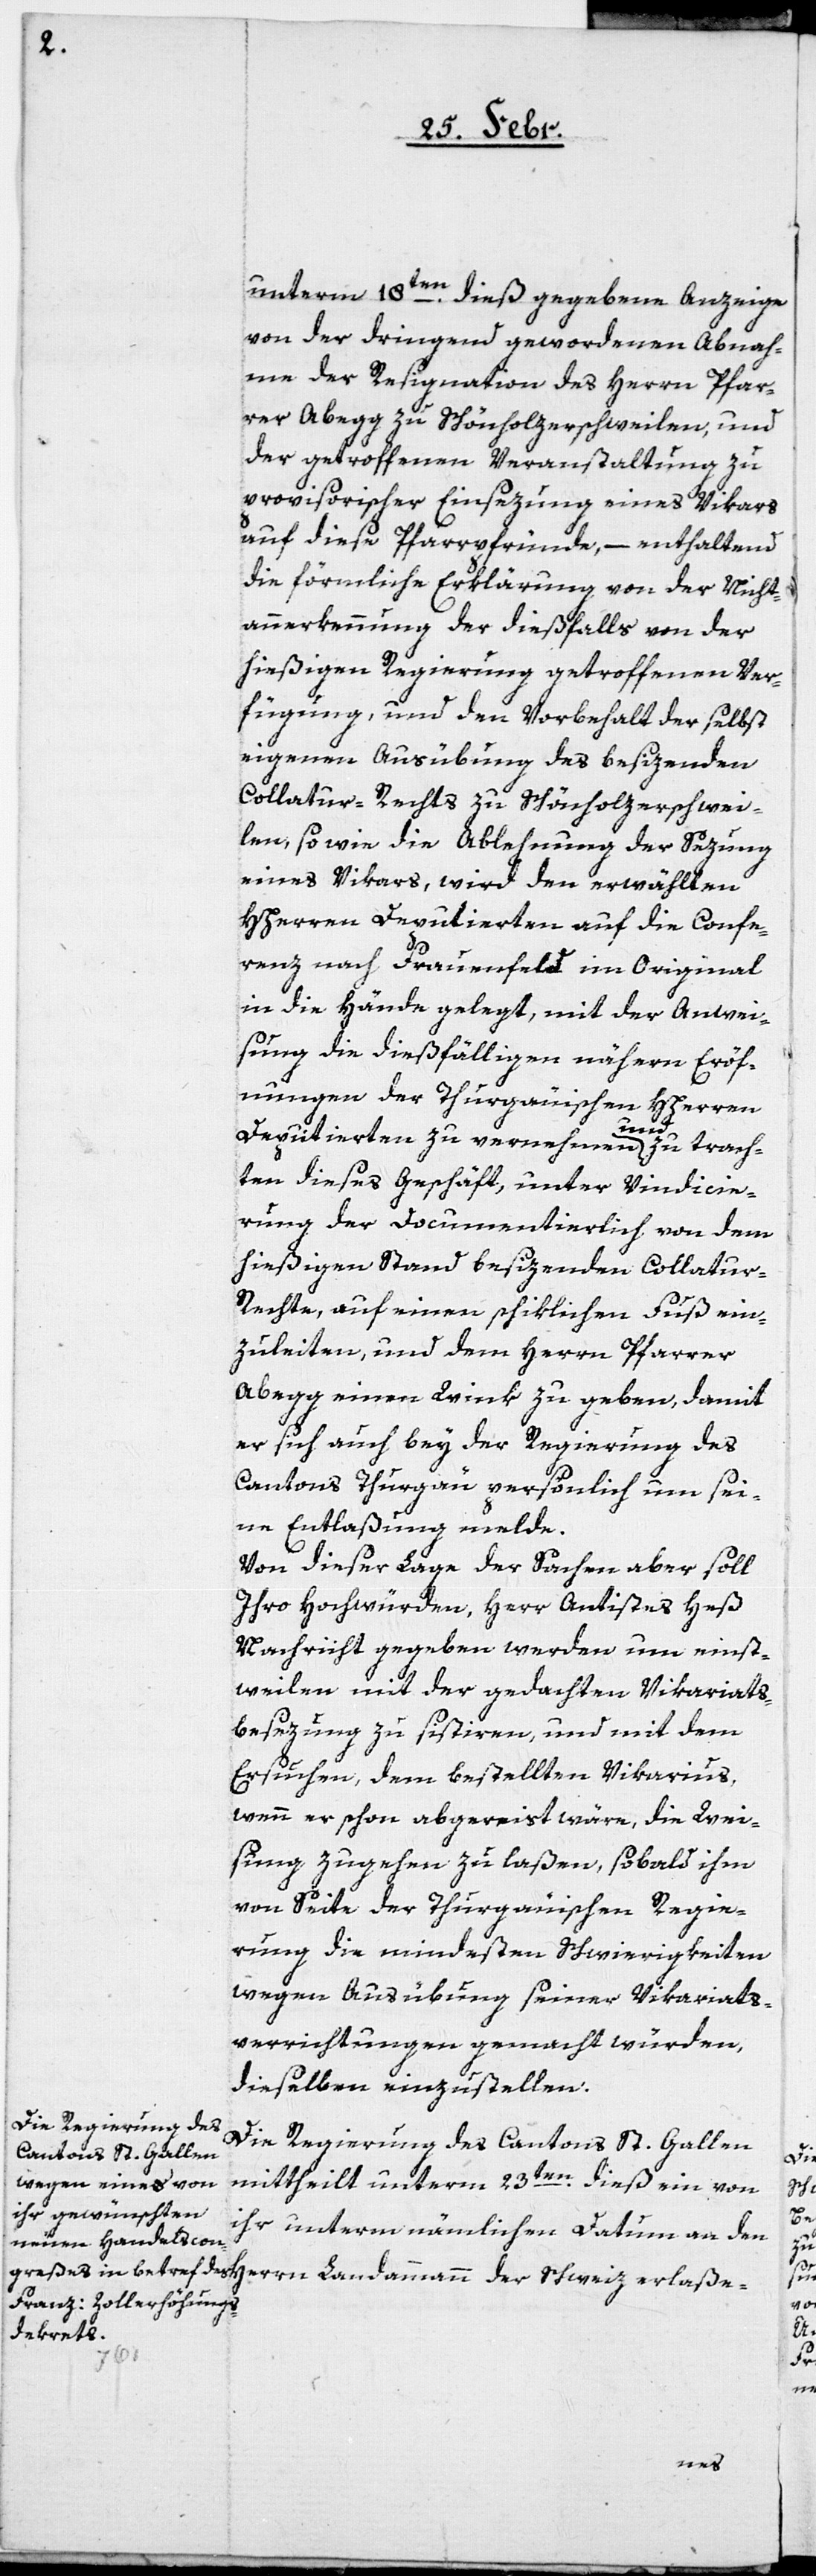
unterm 18ten dieß gegebenen Anzeige,
von der dringend gewordenen Abnah¬
me der Resignation des Herrn Pfar¬
rer Abegg zu Schönholzerschweilen, und
der getroffenen Veranstaltung zu
provisorischer Einsezung eines Vikars
auf diese Pfarrpfründe, – enthaltend
die förmliche Erklärung von der Nicht¬
anerkennung der dießfalls von der
hießigen Regierung getroffenen Ver¬
fügung, und den Vorbehalt der selbst
eigenen Ausübung des besizenden
Collatur-Rechts zu Schönholzerschwei¬
len, so wie die Ablehnung der Sezung
eines Vikars, wird den erwählten
HHerren Deputierten auf die Confe¬
renz nach Frauenfeld im Original
in die Hände gelegt, mit der Anwei¬
sung, die dießfälligen nähern Eröff¬
nungen der Thurgauischen HHerren
Deputierten zu vernehmen und zu trach¬
ten dieses Geschäft, unter Vidicie¬
rung der documentierlich von dem
hießigen Stand besizenden Collatu¬
r-Rechte, auf einen schicklichen Fuß ein¬
zuleiten, und dem Herrn Pfarrer
Abegg einen Wink zu geben, damit
er sich auch bey der Regierung des
Cantons Thurgau persönlich um sei¬
ne Entlaßung melde.
Von dieser Lage der Sachen aber soll
Ihro Hochwürden, Herr Antistes Heß
Nachricht gegeben werden um einst¬
weilen mit der gedachten Vikariats¬
besezung zu sistiren, und mit dem
Ersuchen, dem bestellten Vikarius,
wenn er schon abgereist wäre, die Wei¬
sung zugehen zu laßen, sobald ihm
von Seite der Thurgauischen Regie¬
rung die mindeßten Schwierigkeiten
wegen Ausübung seiner Vikariats¬
verrichtungen gemacht würden,
dieselben einzustellen.
Die Regierung des Cantons St. Gallen
mittheilt unterm 23ten dieß, ein von
ihr unterm nämlichen Datum an den